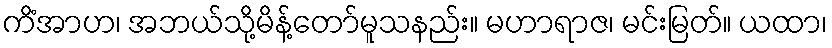
ကိံအာဟ၊ အဘယ်သို့မိန့်တော်မူသနည်း။ မဟာရာဇ၊ မင်းမြတ်။ ယထာ၊